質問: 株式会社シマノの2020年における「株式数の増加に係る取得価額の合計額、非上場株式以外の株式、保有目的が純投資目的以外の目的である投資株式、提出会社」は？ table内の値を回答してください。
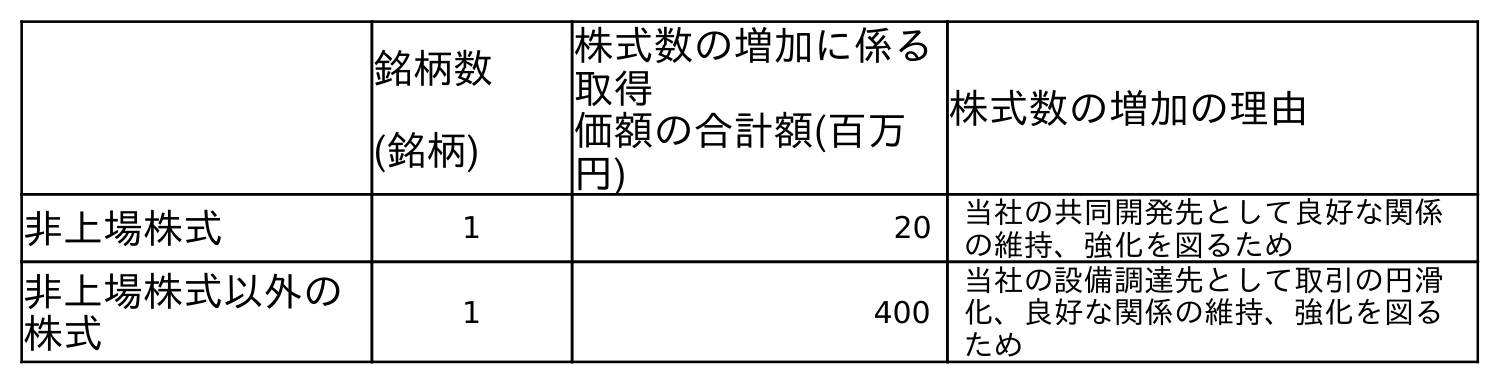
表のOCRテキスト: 銘柄数 (銘柄) 株式数の増加に係る 取得 価額の合計額(百万 円) 株式数の増加の理由 非上場株式 1 20 当社の共同開発先として良好な関係 の維持、強化を図るため 非上場株式以外の 株式 1 400 当社の設備調達先として取引の円滑 化、良好な関係の維持、強化を図る ため
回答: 400